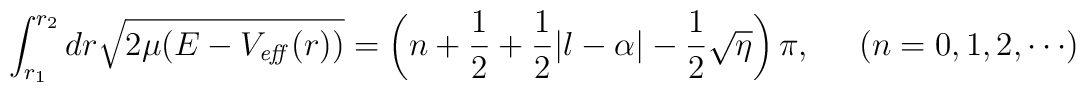
\int_{r_{1}}^{r_{2}} dr \sqrt{ 2\mu ( E - V_{\it eff}(r) ) } =\left( n + \frac{1}{2} + \frac{1}{2} |l-\alpha| - \frac{1}{2}\sqrt{\eta} \right) \pi, \;\;\;\;\; ( n = 0, 1, 2, \cdots )